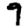
Digit: 9